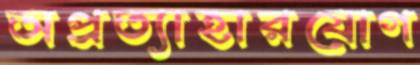
অপ্রত্যাহারযোগ